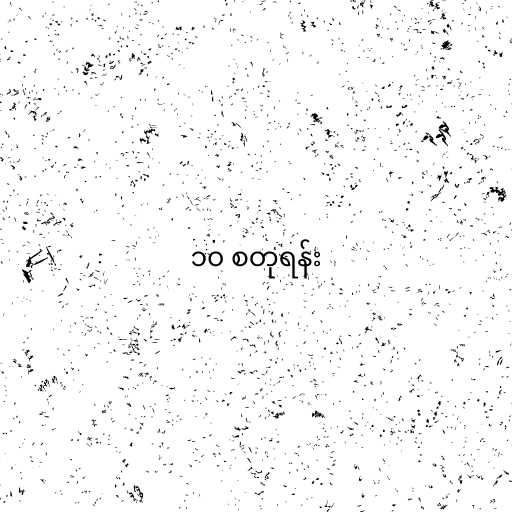
၁၀ စတုရန်း